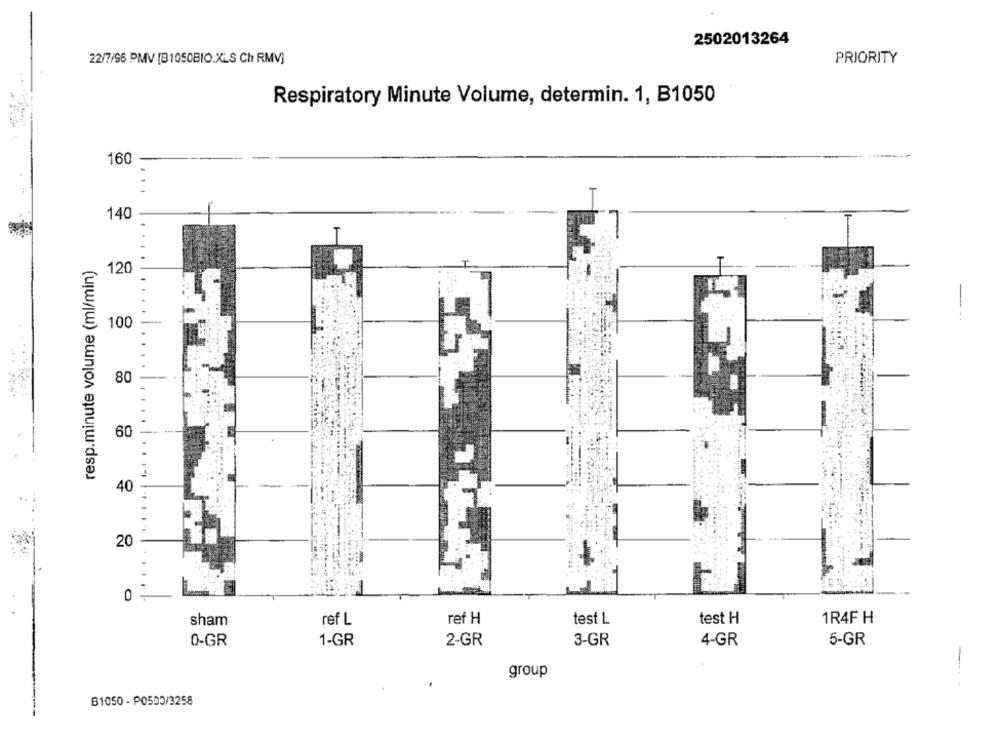
2502013264
22/7/96 PMV [B1050BIO.XLS Ch RMV]
PRIORITY
Respiratory Minute Volume, determin. 1, B1050
160
.
140
resp.minute volume (ml/min)
120
100
80
60
40
20
0
sham
ref L
ref H
test L
test H
1R4F H
0-GR
1-GR
2-GR
3-GR
4-GR
5-GR
group
B1050 - P0503/3258